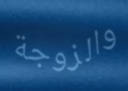
والزوجة